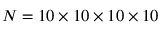
N = 1 0 \times 1 0 \times 1 0 \times 1 0